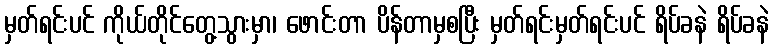
မှတ်ရင်းပင် ကိုယ်တိုင်တွေ့သွားမှာ၊ ဖောင်းတာ ပိန်တာမှစပြီး မှတ်ရင်းမှတ်ရင်းပင် ရိပ်ခနဲ ရိပ်ခနဲ